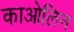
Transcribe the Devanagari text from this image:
काओलिन